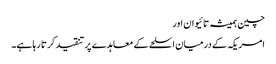
چین ہمیشہ تائیوان اور
امریکہ کے درمیان اسلحے کے معاہدے پر تنقید کرتا رہا ہے۔